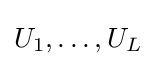
U_{1},\ldots ,U_{L}